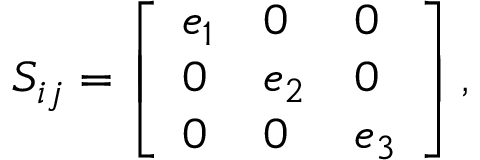
S _ { i j } = \left[ \begin{array} { l l l } { e _ { 1 } } & { 0 } & { 0 } \\ { 0 } & { e _ { 2 } } & { 0 } \\ { 0 } & { 0 } & { e _ { 3 } } \end{array} \right] ,